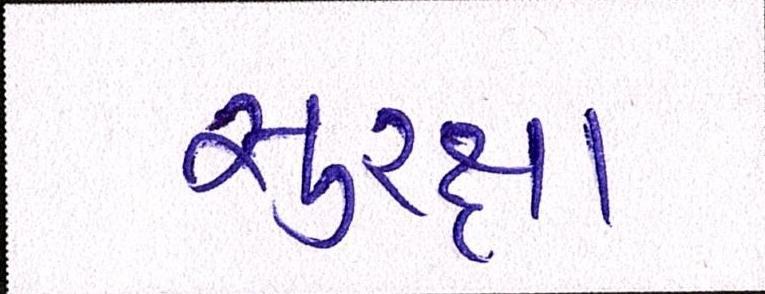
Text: સુરક્ષા